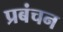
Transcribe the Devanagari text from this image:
प्रबंचन